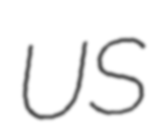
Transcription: US